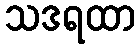
သဒရထာ